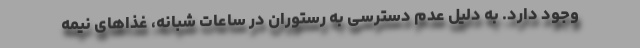
وجود دارد. به دلیل عدم دسترسی به رستوران‌ در ساعات شبانه، غذاهای نیمه